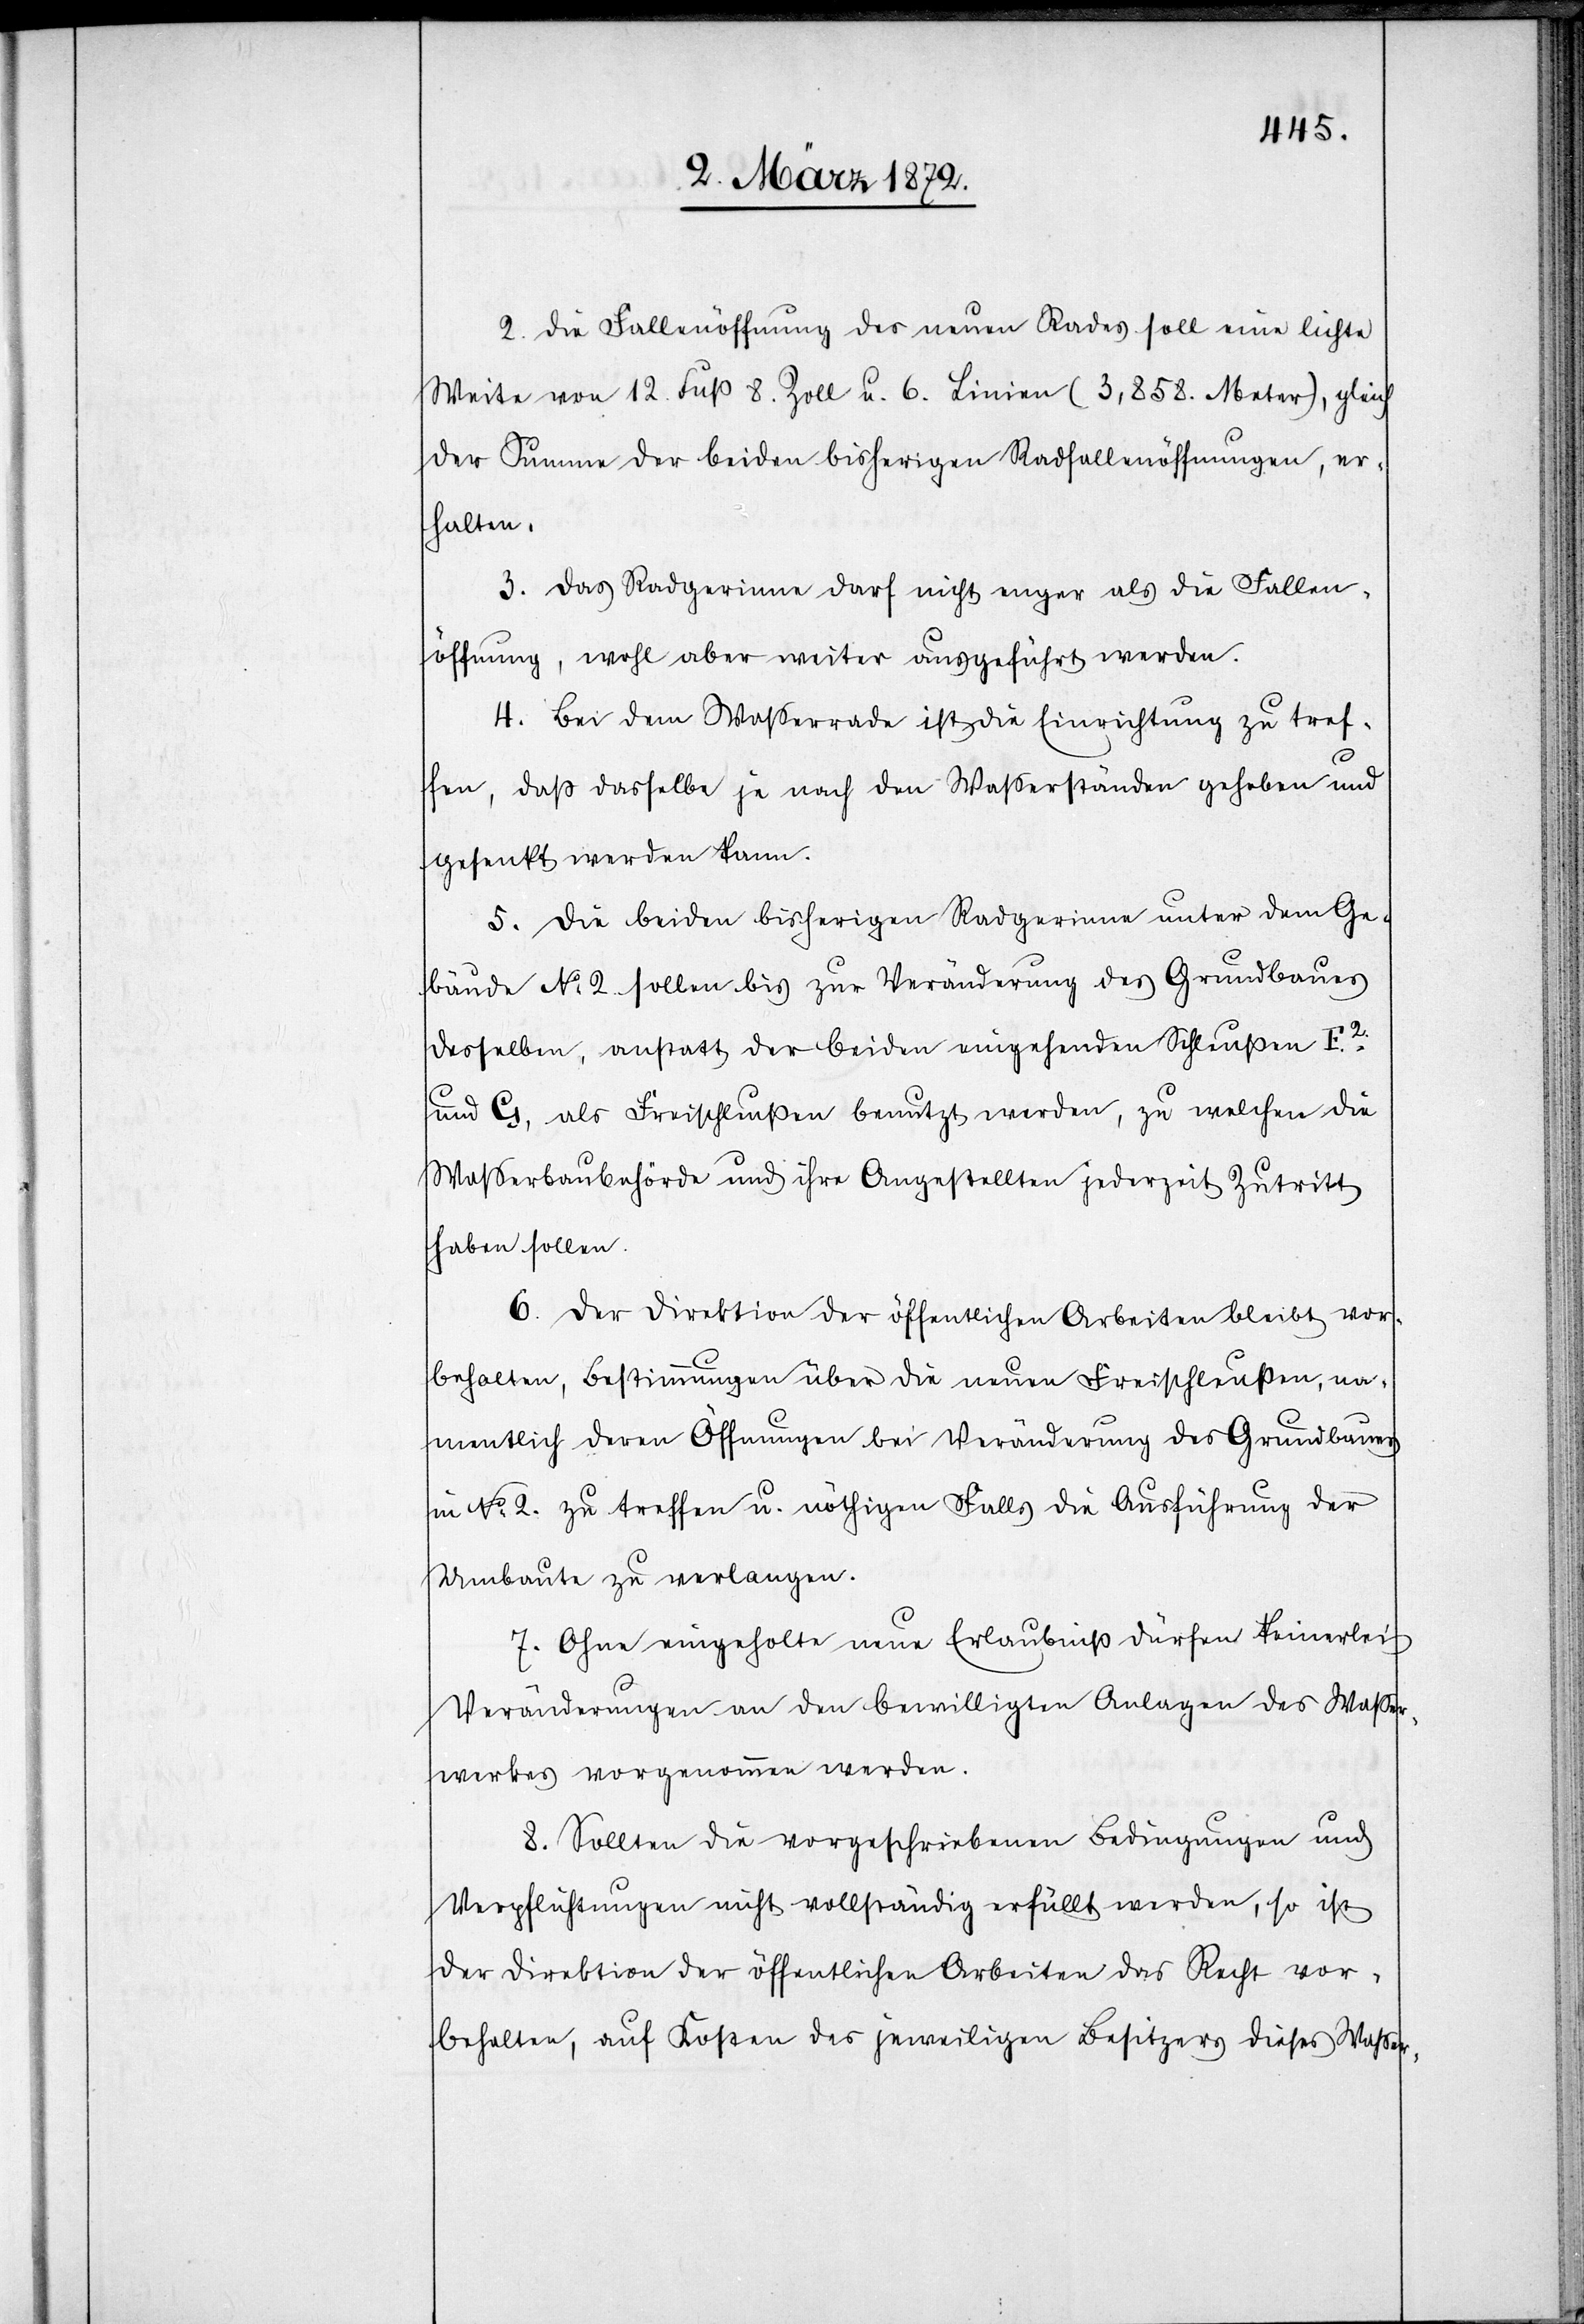
2. Die Fallenöffnung des neuen Rades soll eine lichte
Weite von 12. Fuß 8. Zoll u. 6. Linien (3,858. Meter), gleich
der Summe der beiden bisherigen Radfallenöffnungen, er¬
halten,
3. Das Radgerinne darf nicht enger als die Fallen¬
öffnung, wohl aber weiter ausgeführt werden.
4. Bei dem Wasserrade ist die Einrichtung zu tref¬
fen, daß dasselbe je nach den Wasserständen gehoben und
gesenkt werden kann.
5. Die beiden bisherigen Radgerinne unter dem Ge¬
bäude No 2. sollen bis zur Veränderung des Grundbaues
desselben, anstatt der beiden eingehenden Schleußen F2
und G, als Freischleußen benutzt werden, zu welchen die
Wasserbehörde und ihre Angestellten jederzeit Zutritt
haben sollen.
6. Der Direktion der öffentlichen Arbeiten bleibt vor¬
behalten, Bestimmungen über die neuen Freischleußen, na¬
mentlich deren Öffnungen bei Veränderungen des Grundbaues
in No 2. zu treffen u. nöthigen Falls die Ausführung der
Umbaute zu verlangen.
7. Ohne eingeholte neue Erlaubniß dürfen keinerlei
Veränderungen an den bewilligten Anlagen des Wasser¬
werkes vorgenommen werden.
8. Sollten die vorgeschriebenen Bedingungen und
Verpflichtungen nicht vollständig erfüllt werden, so ist
der Direktion der öffentlichen Arbeiten das Recht vor¬
behalten, auf Kosten des jeweiligen Besitzers dieses Wasser-